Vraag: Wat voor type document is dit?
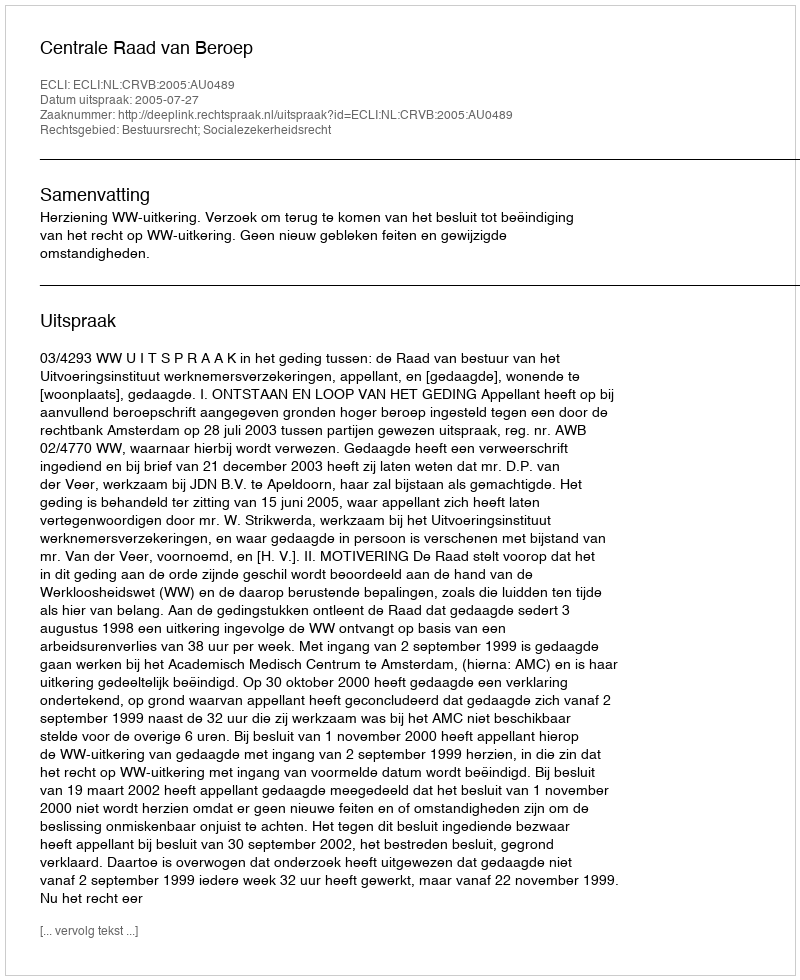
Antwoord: Uitspraak